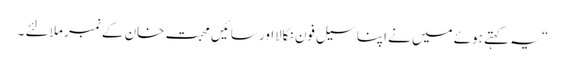
“ یہ کہتے ہوئے میں نے اپنا سیل فون نکالااور سائیں محبت خان کے نمبر ملا لئے ۔